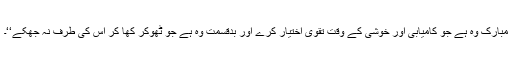
مبارک وہ ہے جو کامیابی اور خوشی کے وقت تقویٰ اختیار کرے اور بدقسمت وہ ہے جو ٹھوکر کھا کر اس کی طرف نہ جھکے‘‘۔